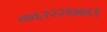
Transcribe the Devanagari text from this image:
०७६२२२९७७६९